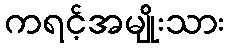
ကရင့်အမျိုးသား